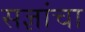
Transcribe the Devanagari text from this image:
सज्ञांचा